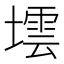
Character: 墵